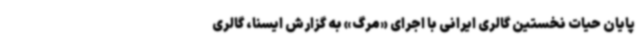
پایان حیات نخستین گالری ایرانی با اجرای «مرگ» به گزارش ایسنا، گالری